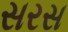
સરસ